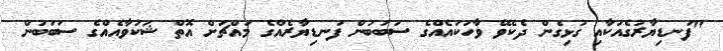
"ފަނޑިޔާރުގެއަކާއި ގުޅިގެން ދެކެވޭ ވާހަކައެއްގެ ސަބަބުން ފަނޑިޔާރެއްގެ މައްޗަށް އޮތް ޝަކުވާއެއްގެ ސަބަބުން